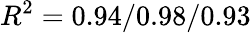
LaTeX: R^{2}=0.94/0.98/0.93